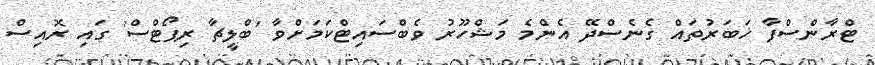
ޓްރާންސްފާ ޚަބަރުތައް ގެނެސްދޭ އެންމެ މަޝްހޫރު ވެބްސައިޓްކަމަށްވާ 'ބްލީޗާ ރިޕޯޓްސް' ގައި ރޮއިސް